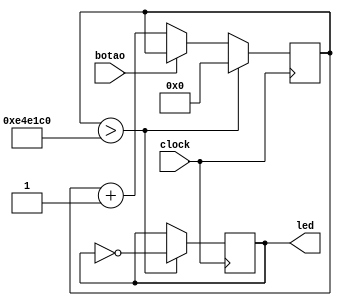
module piscaLed(
     input clock, // CLOCK
     input botao,
     output led // LED
     );
     
reg[31:0] contador; // REGISTRA 32 DIGITOS
reg ledLigado; // SALVA STATUS DO LED

initial begin
contador <= 32'b0;// ZERA O CONTADOR
ledLigado <= 0; // ESTADO DO LED  FALSO

end

always @(posedge clock) // SEMPRE NO PULSO DO CLOCK
begin
	if(~botao)
	begin
	contador <= contador + 1'b1; // SOMA UM AO CONTADOR
	end
	
	if(contador > 15000000) // SE O CONTADOR = MXIMO
	begin
		ledLigado <= !ledLigado; //TOGGLE
		contador <= 0; // ZERA CONTADOR
	end
end

assign led = ledLigado; // LED  ASSOCIADO AO ESTADO


endmodule